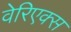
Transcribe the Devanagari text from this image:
वेरिएक्स